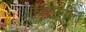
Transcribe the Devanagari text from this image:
औक्टागोन